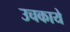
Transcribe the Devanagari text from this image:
उचकाये